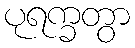
ပုရက္ခတွာ